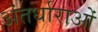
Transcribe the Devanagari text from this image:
अंतर्धाराओं